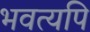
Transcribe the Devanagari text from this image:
भवत्यपि